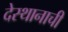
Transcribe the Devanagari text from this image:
देस्थानाची